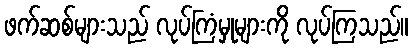
ဖက်ဆစ်များသည် လုပ်ကြံမှုများကို လုပ်ကြသည်။